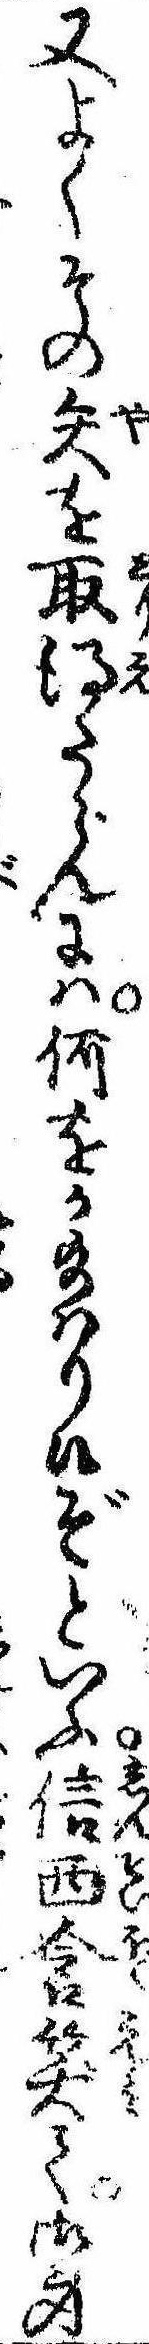
又よくその矢を取得たらんには何をか給はり候ぞといふ信西含笑て御身